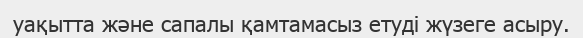
уақытта және сапалы қамтамасыз етуді жүзеге асыру.